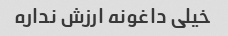
خیلی داغونه ارزش نداره